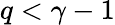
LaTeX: q<\gamma-1